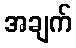
အချက်